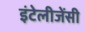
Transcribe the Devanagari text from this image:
इंटेलीजेंसी